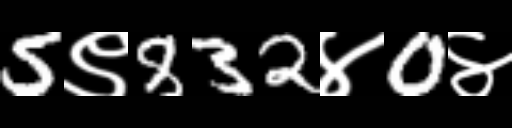
Text: 5९832४0४